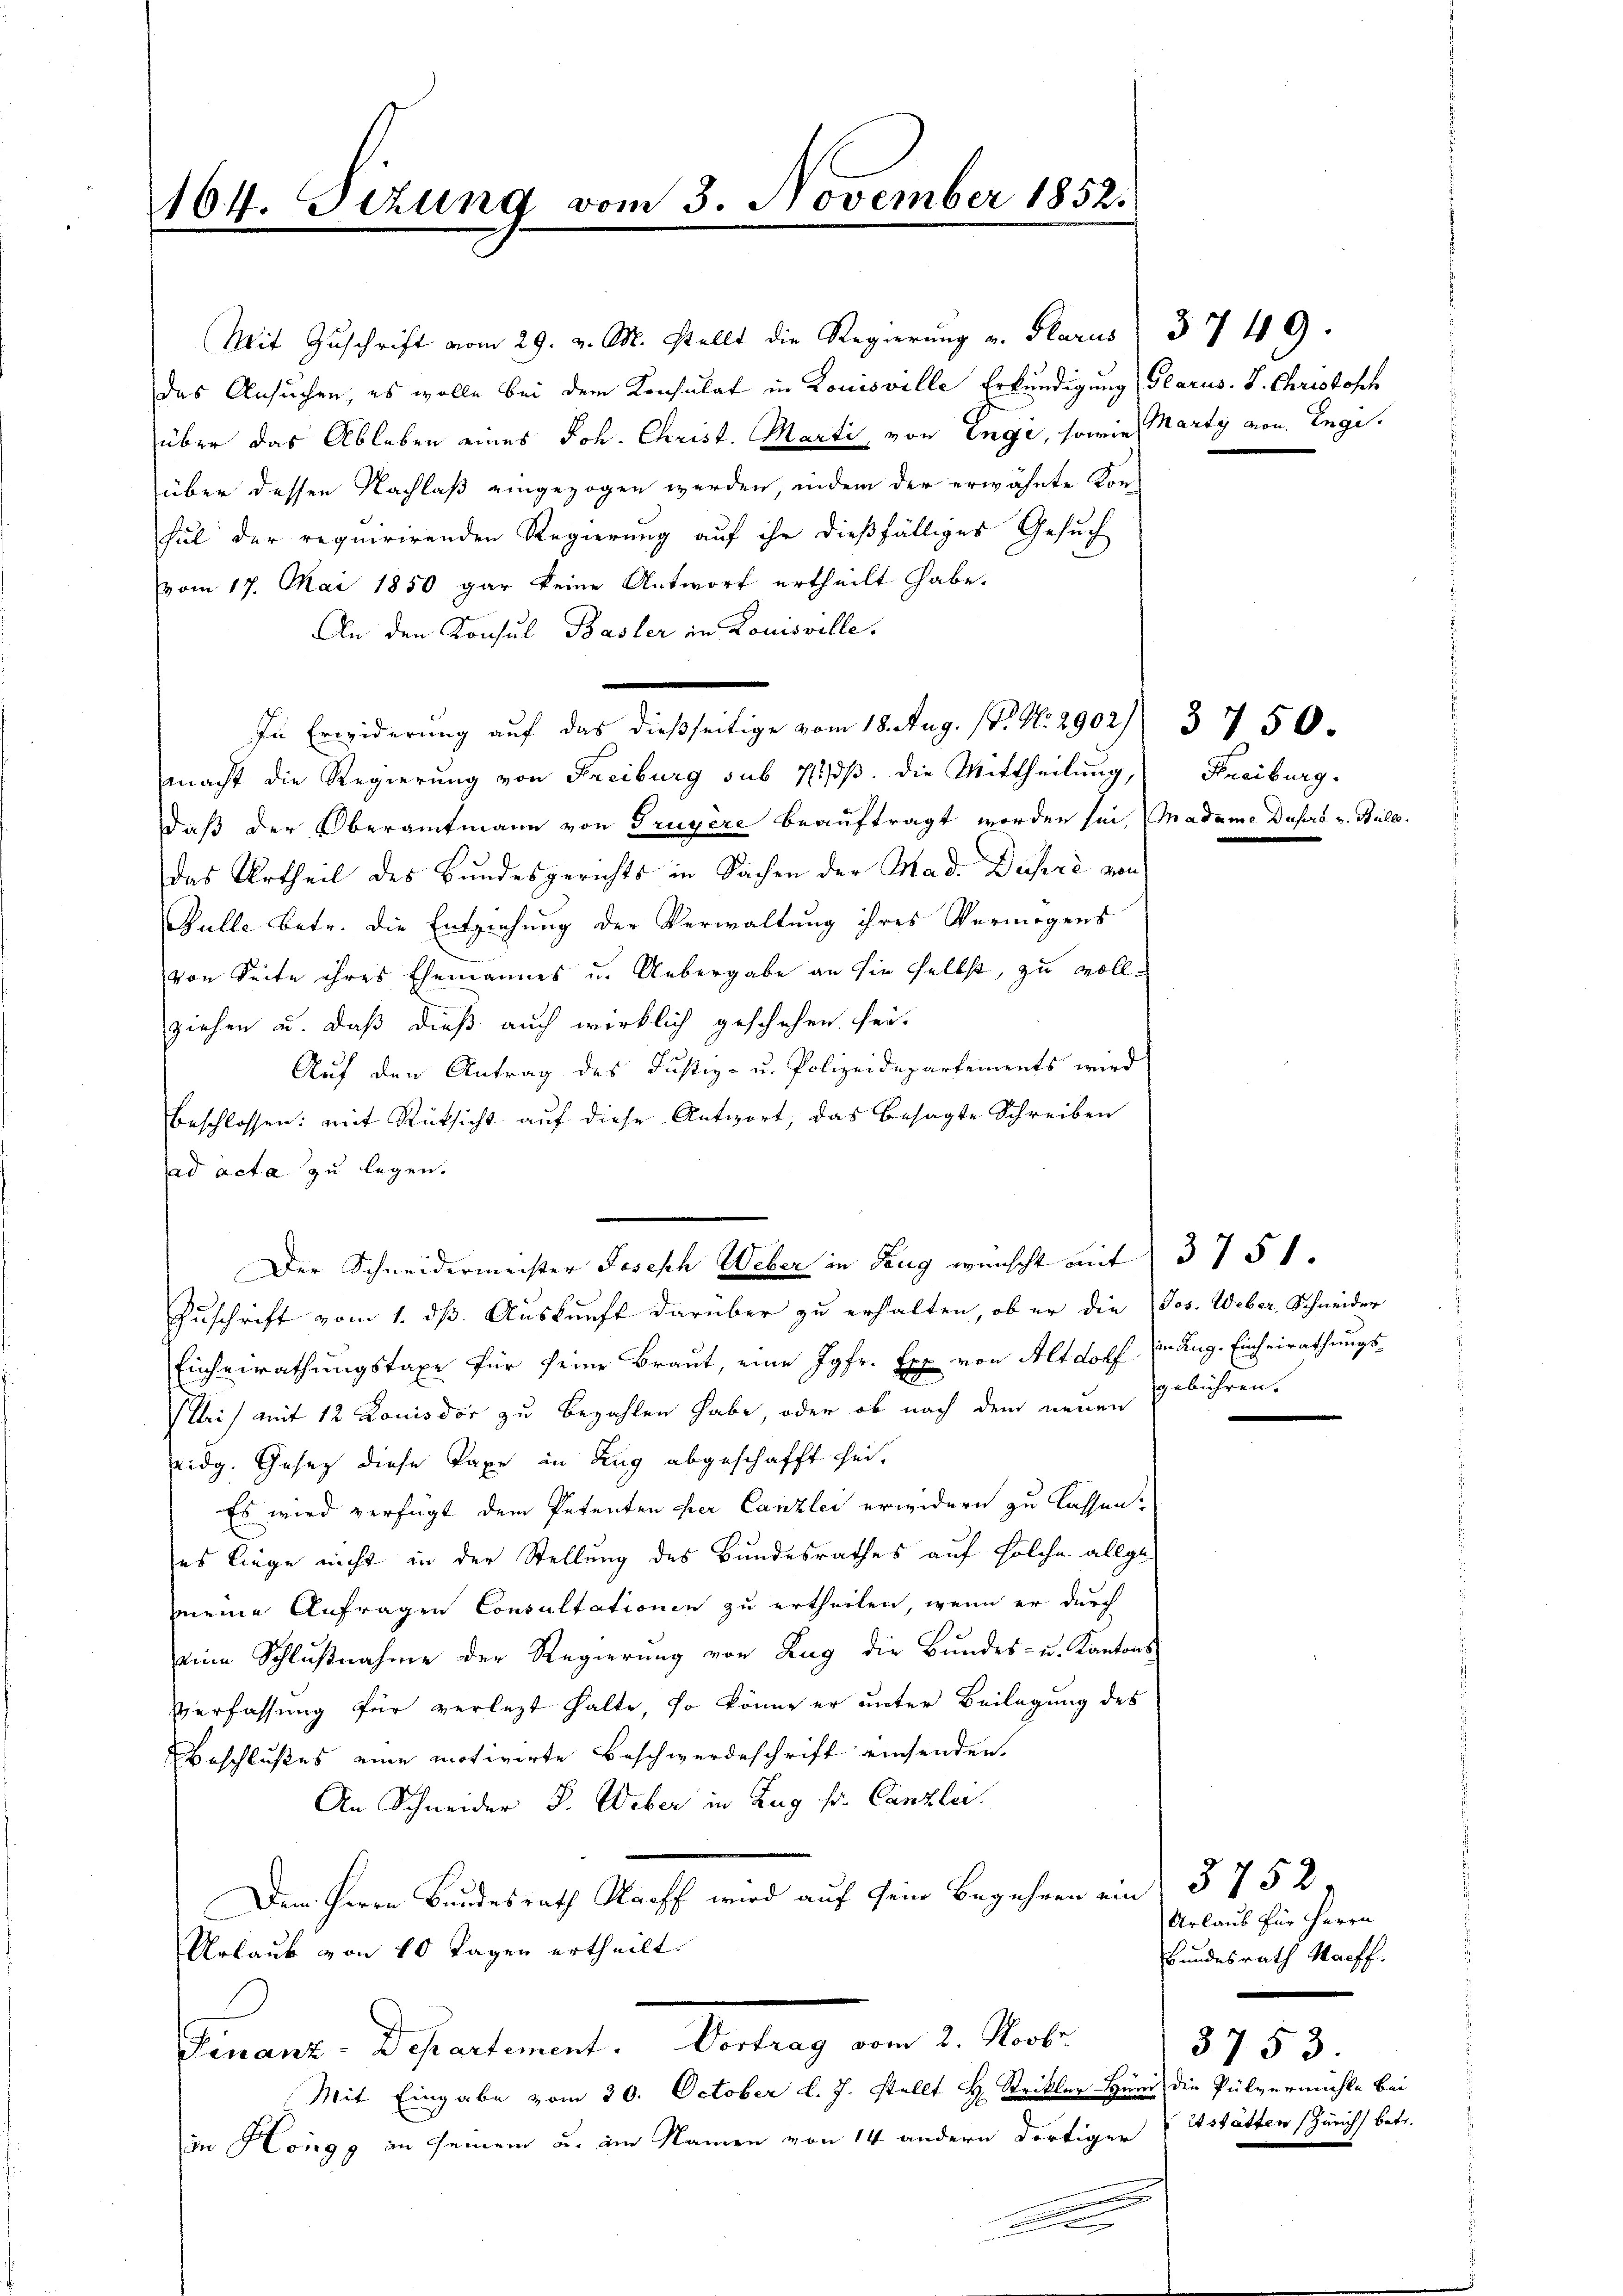
164. Sizung vom 3. November 1852.

das Ansuchen, es wolle bei dem Konsulat in Louisville Erkundigung Glarus. S. Christoff
über das Ableben eines Joh. Christ. Marti, von Enge, sowie Marty von Engiüber dessen Nachlaß eingezogen werden, indem der erwähnte Kon-
sul der requirirenden Regierung auf ihr dießfälliges Gesuch
vom 17. Mai 1850 gar keine Antwort ertheilt habe.
An den Konsul Basler in Louisville.
macht die Regierung von Freiburg sub 7 1/3. die Mittheilung,
daß der Oberamtmann von Gruyère beauftragt worden sei, Madame Dusera v. Bull
das Urtheil des Bundesgerichts in Sachen der Mad. Dusere von
Bulle betr. die Entziehung der Verwaltung ihres Vermögens
von Seite ihres Ehemannes u. Uebergabe an sie selbst, zu vollziehen u. daß dieß auch wirklich geschehen sei.
Auf den Antrag des Justiz- u. Polizeidepartements wird
beschlossen: mit Rücksicht auf diese Antwort, das besagte Schreiben
ad acta zu legen.
Zuschrift vom 1. dß. Auskunft darüber zu erhalten, ob er die Jos. Weber, Schneider
Einheirathungstaxe für seine Braut, eine Jgfr. Exp von Altdorf in Aug. Einheirathungs-
Mi) mit 12 Louisdor zu bezahlen habe, oder ob nach dem neuen
seidg. Gesetz diese Taxe in Zug abgeschafft sei.
Es wird verfügt dem Petenten per Canzlei erwidern zu lassen?
es liege nicht in der Stellung des Bundesrathes auf solche allgemmeine Anfragen Consultationen zu ertheilen, wenn er durch
eine Schlußnahme der Regierung von Zug die Bundes- u. Kantons
Verfassung für verletzt halte, so könne er unter Beilagung des
Beschlußes eine motivirte Beschwerdeschrift einsenden.
An Schneider P. Weber in Zug sr. Canzler.
Dem Herrn Bundesrath Nacht wird auf sein Begehren ein § 752
Urlaub von 10 Tagen ertheilt.
Finanz-Departement. Vortrag vom 2. Novbr.
Mit Eingabe vom 30. October l. J. stellt H. Strikler Hund die Pulvermühle bei
in Höngg an seinem u. am Namen von 14 andern dortiger stätten (Zürich betr.
c
e

Mit Zuschrift vom 29. v. M. stellt die Regierung v. Glarus 3749.

In Erwiderung auf das dießseitige vom 18. Aug. (T. No. 2902) 3 7 50.

Der Schneidermeister Joseph Weber in Zug wünscht mit 3751.

Freiburg.

gebühren.

Urlaus für Herrn
Bundesrath Nachf
3753.